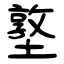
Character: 墪